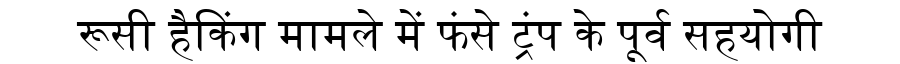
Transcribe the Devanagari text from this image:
रूसी हैकिंग मामले में फंसे ट्रंप के पूर्व सहयोगी